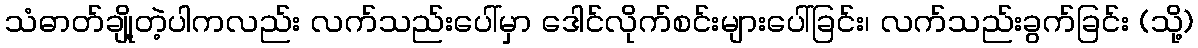
သံဓာတ်ချို့တဲ့ပါကလည်း လက်သည်းပေါ်မှာ ဒေါင်လိုက်စင်းများပေါ်ခြင်း၊ လက်သည်းခွက်ခြင်း (သို့)